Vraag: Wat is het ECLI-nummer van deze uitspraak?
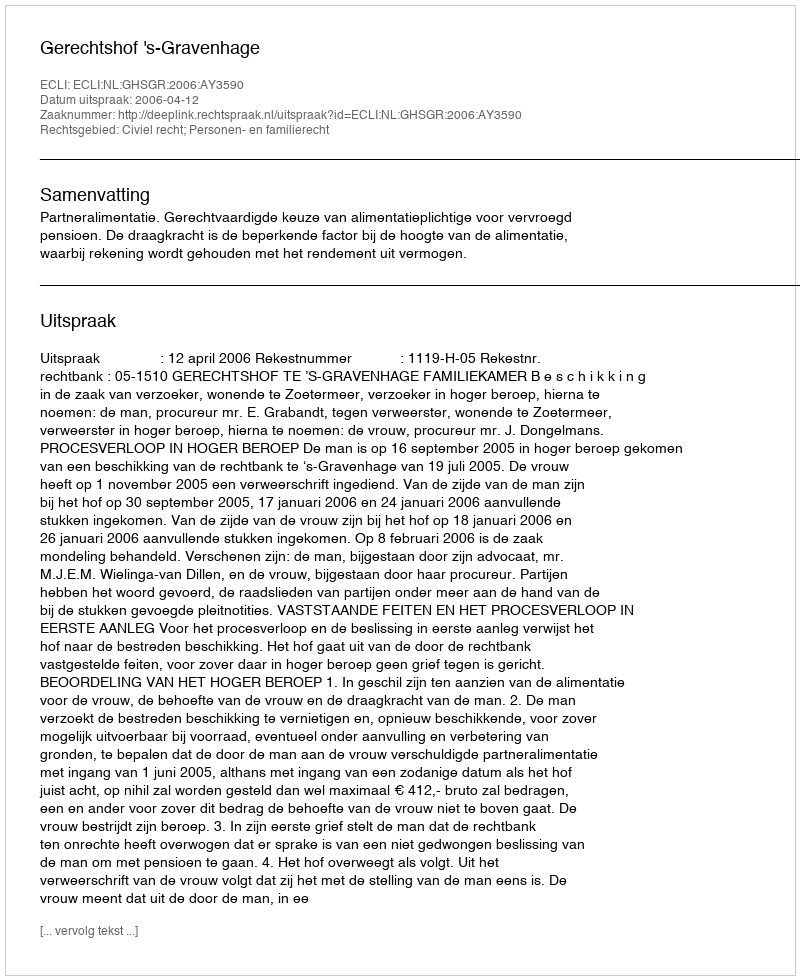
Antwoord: ECLI:NL:GHSGR:2006:AY3590